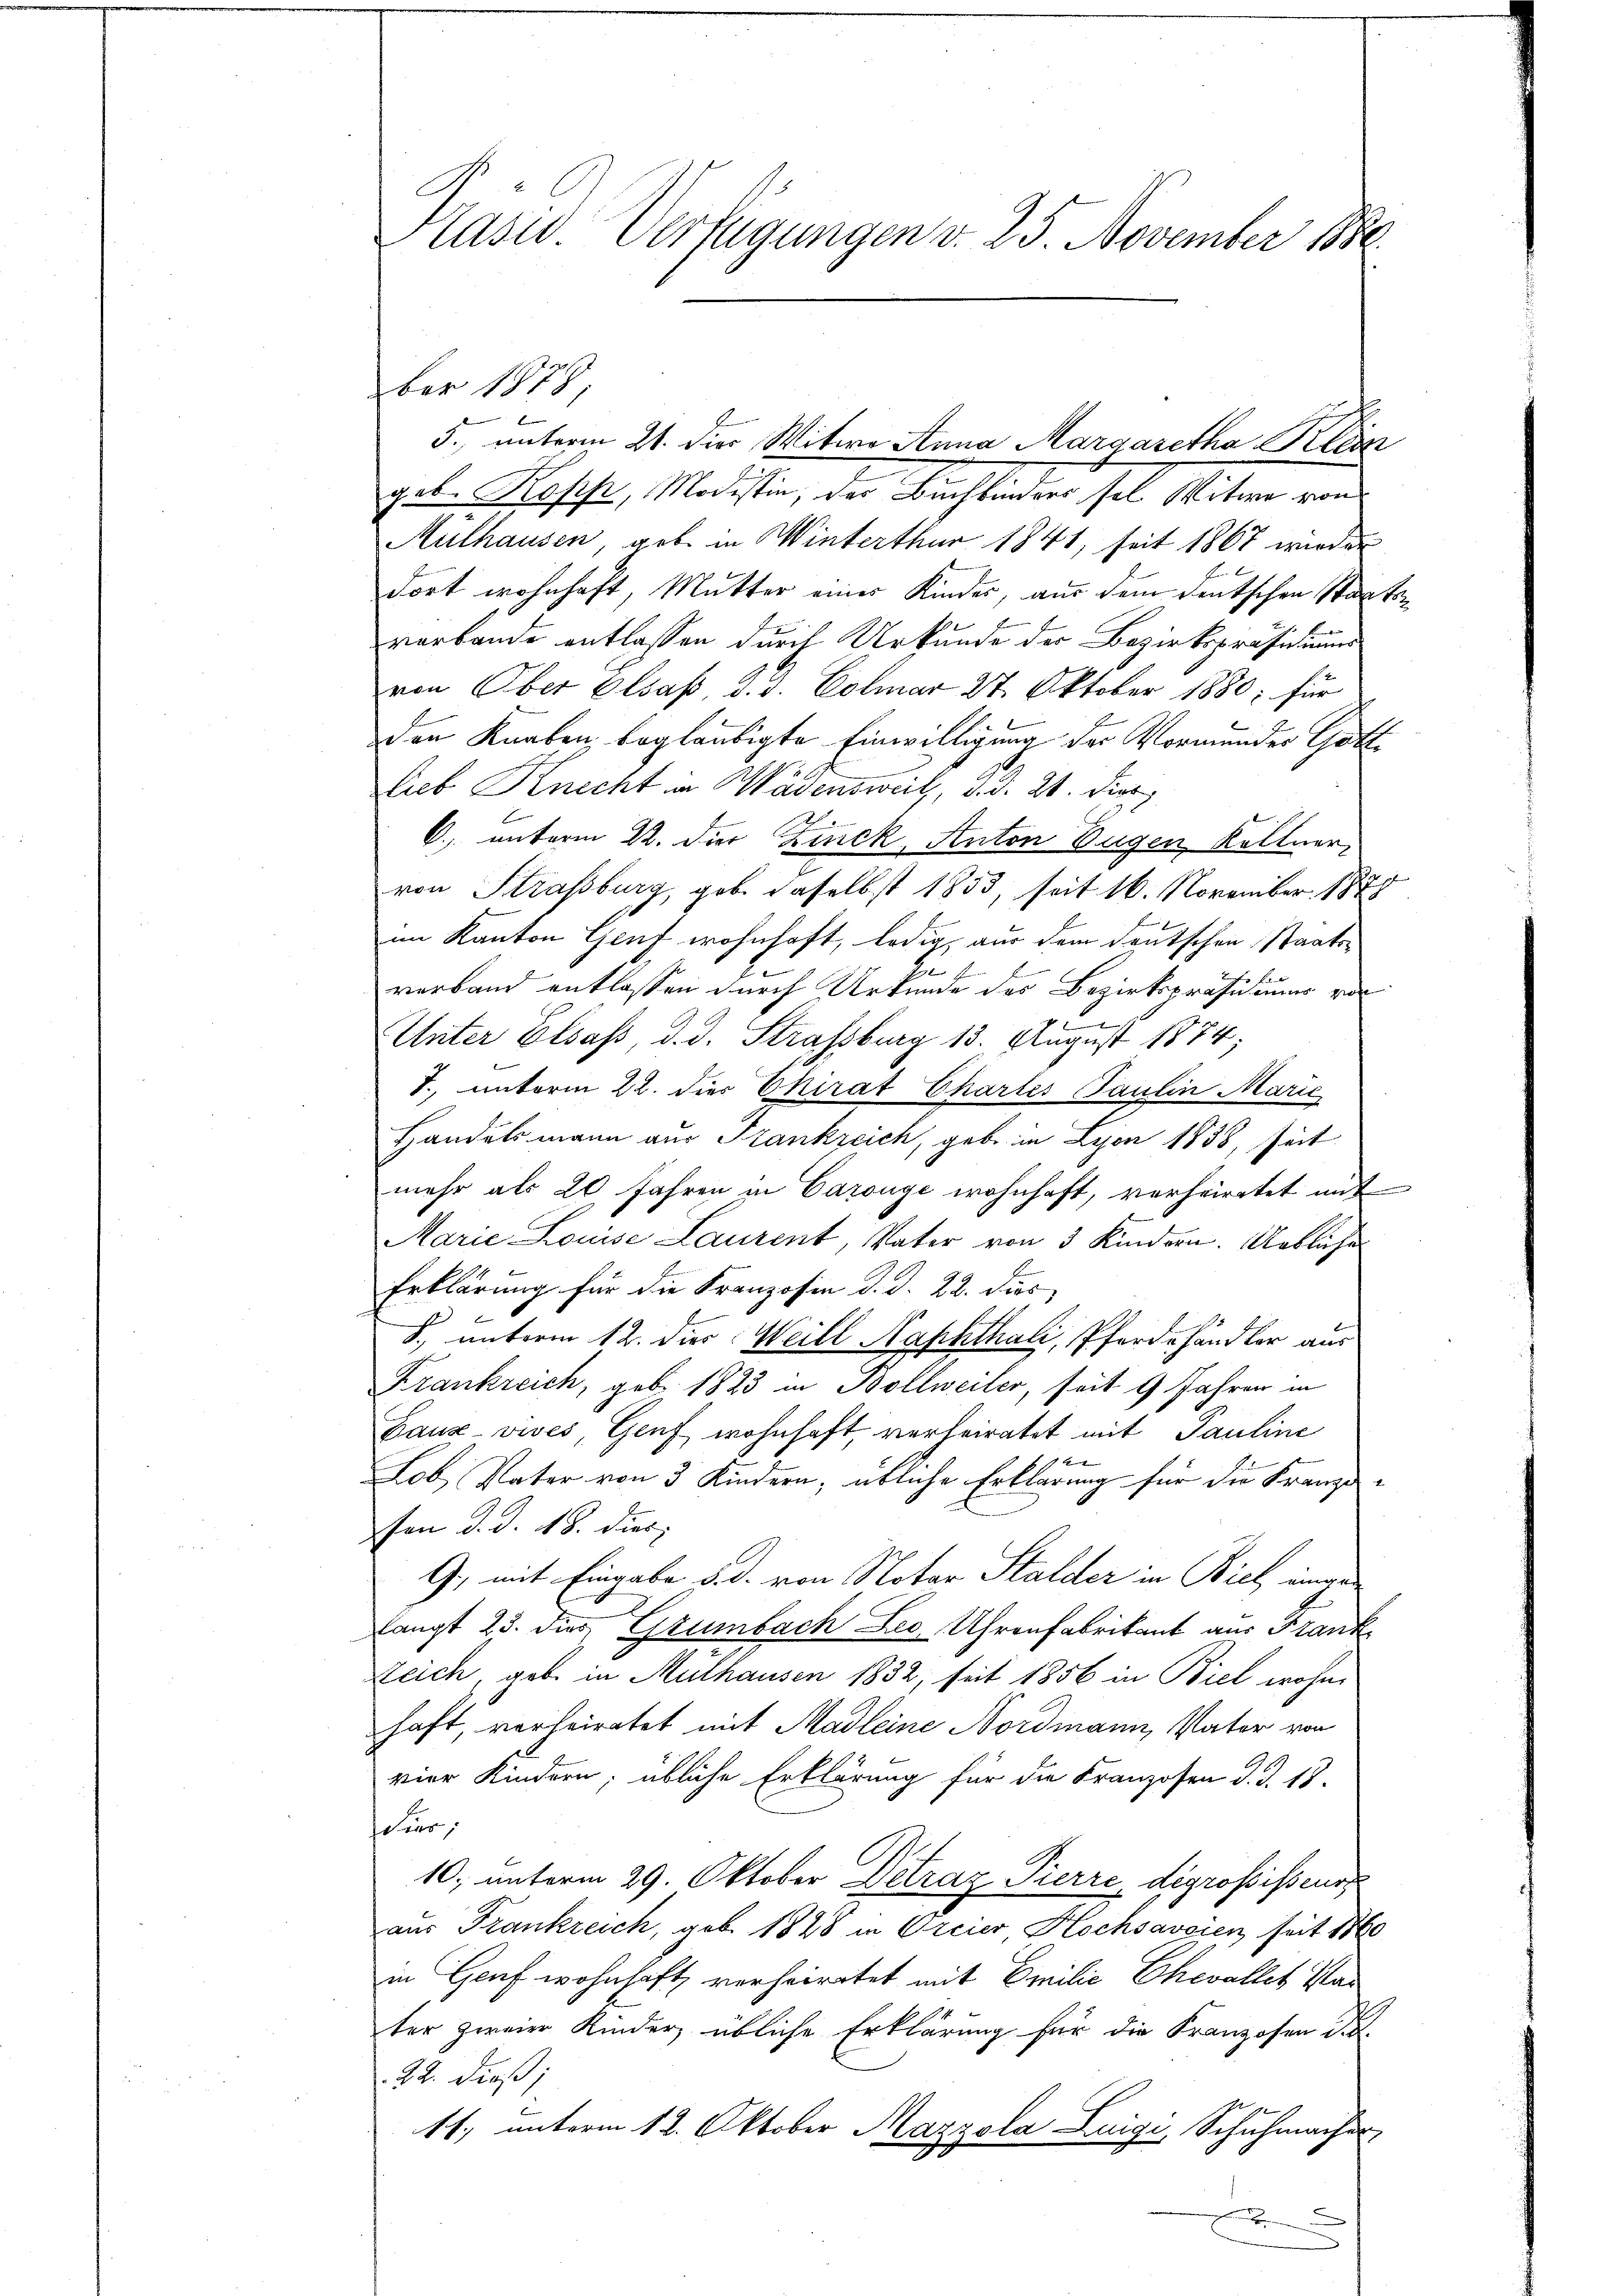
Kaser Verfügungen v. 25. November 1880

5., unterm 21. die Witwe Anna Margaretha Klein
ule Besche, Meister, der Bachbinden sel. Weiten worde
Mulhausen, geb. in Winterthur 1841, seit 1867 wirden
dort wohnhaft, Mutter einer Kinder, aus dem deutschen Staatsverbande entlassen durch Urkunde der Bezirkspräsidiums
von Ober Elsaß, d. 3. Colmar 27. Oktober 1880; für
den Knaben beglaubigte Einwilligung der Vormender Gatti
Lieb Knecht in Wädensweil, d. d. 21. Dieb
.
C. unterm 22. Der Zinck, Anton Eugen Köllner,
von Strassburg, geb. daselbst 1853, seit 16. November 1848
im Kanton Genf wohnhaft, ledig, aus dem deutschen Staats¬
6
.
 f
verband entlassen durch Urkunde des Bezirksprafe eines vor
Unter Elsass, d. d. Strassburg 13. August 1874;
T., unterm 22. dies Chirat Chartes Paulin Marie
Handelsmann aus Frankreich, gebe in Lyon 1838, seit
mehr als 20 Jahren in Carouge wohnhaft, verheiratet mit
Marie Louise Laurent, Vater von 3 Kindern. Ueblicher
Erklärung für die Franzosen d. d. 22. dies
3
S. unterm 12. dies Weill Naphthali, Pferdehändler aus
Krankreich, geb. 1823 in Bollweiler, seit 9 Jahren in
Bauz-vives, Genf wohnhaft, verheiratet mit Pauline
f
Lob, Vater von 3 Kindern; übliche Erklärung für die Franze
sen d. d. 18. dies
G., mit Eingabe 5. d. von Notar Stalder in Biel eingelangt 23. dies Grumbach Leo Uhrenfabrikant aus Frank
Zeich, geb. in Mülhausen 1832, seit 1856 in Biel wohne
haft, verheiratet mit Madleine Nordmann, Vater von
vier Kindern; übliche Erklärung für die Franzosen d. d. 13.
cier,
10, unterm 29. Oktober Detráz Pierre, digrossisseur
aus Frankreich, geb. 1828 in Orcier Hochsaveien, seit 1860
in Genf wohnhaft, verheiratet mit Emilie Chevallet Mar
ter zweier Kinder übliche Erklärung für die Franzosen di
22. dieß;
11. unterm 12. Oktober Kazzola Luigi Schuhmacher
u
x

ber 1878,